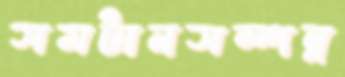
সমটানসম্পন্ন